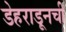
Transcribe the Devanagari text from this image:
डेहराडूनची